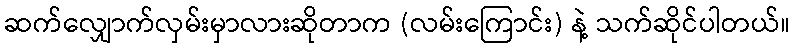
ဆက်လျှောက်လှမ်းမှာလားဆိုတာက (လမ်းကြောင်း) နဲ့ သက်ဆိုင်ပါတယ်။